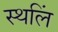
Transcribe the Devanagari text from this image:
स्थलिं